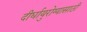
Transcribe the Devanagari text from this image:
दीर्घायुरोग्यासाठी